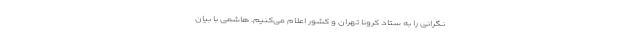
نگرانی را به ستاد کرونا تهران و کشور اعلام می‌کنیم. هاشمی با بیان